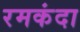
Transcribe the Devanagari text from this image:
रमकंदा